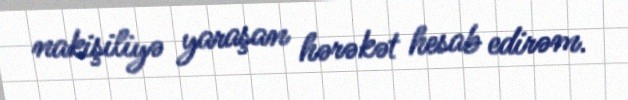
nakişiliyə yaraşan hərəkət hesab edirəm.